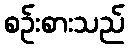
စဉ်းစားသည်